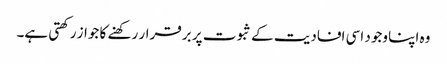
وہ اپنا وجود اسی افادیت کے ثبوت پر برقرار رکھنے کا جواز رکھتی ہے۔